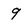
Character: 9